Report on vaccination in Madras 1922-1929 - 1922-1929
Year: 1922
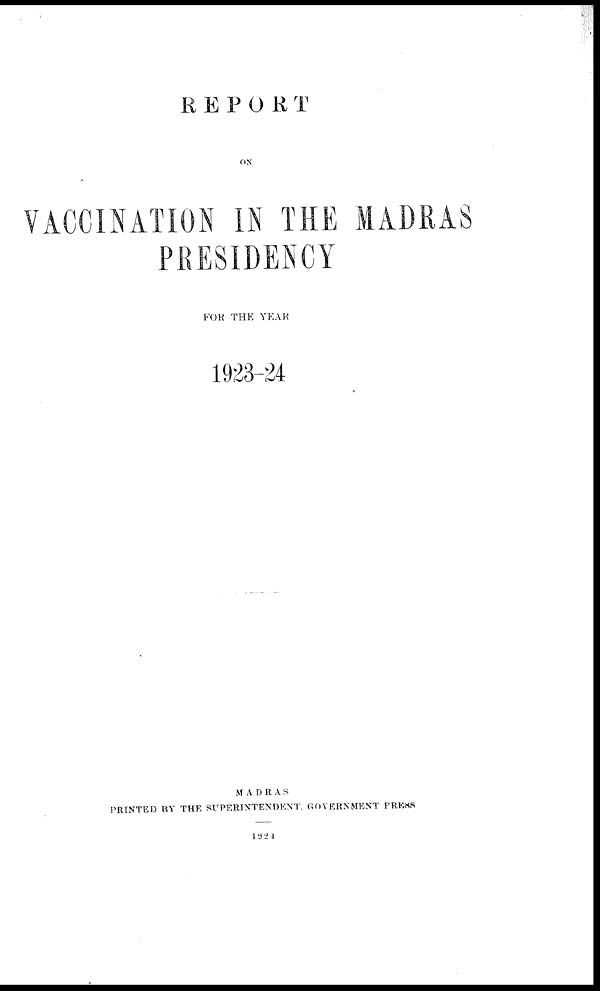
REPORT
ON
VACCINATION IN THE MADRAS
PRESIDENCY
FOR THE YEAR
1923-24
MADRAS
PRINTED BY THE SUPERINTENDENT GOVERNMENT PRESS
1924